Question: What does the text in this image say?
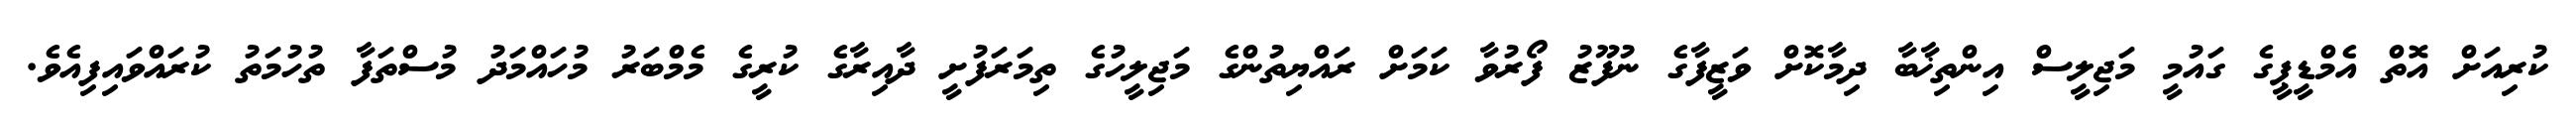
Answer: ކުރިއަށް އޮތް އެމްޑީޕީގެ ގައުމީ މަޖިލީސް އިންތިޚާބާ ދިމާކޮށް ވަޒީފާގެ ނުފޫޒު ފޯރުވާ ކަމަށް ރައްޔިތުންގެ މަޖިލީހުގެ ތިމަރަފުށީ ދާއިރާގެ ކުރީގެ މެމްބަރު މުހައްމަދު މުސްތަފާ ތުހުމަތު ކުރައްވައިފިއެވެ.